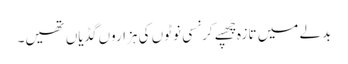
بدلے میں تازہ چَھپے کرنسی نوٹوں کی ہزاروں گڈیاں تھیں۔